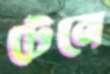
টেনে